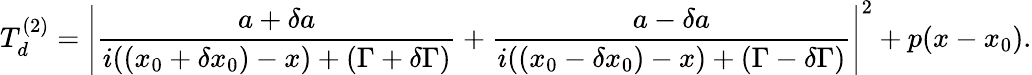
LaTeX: T_{d}^{(2)}=\left|\frac{a+\delta a}{i((x_{0}+\delta x_{0})-x)+(\Gamma+\delta\Gamma)}+\frac{a-\delta a}{i((x_{0}-\delta x_{0})-x)+(\Gamma-\delta\Gamma)}\right|^{2}+p(x-x_{0}).